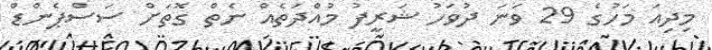
މިދިއަ މަހުގެ 29 ވަނަ ދުވަހު ޝަރީފު މުއްދަތެއް ނެތް ގޮތަށް ސަސްޕެންޑް